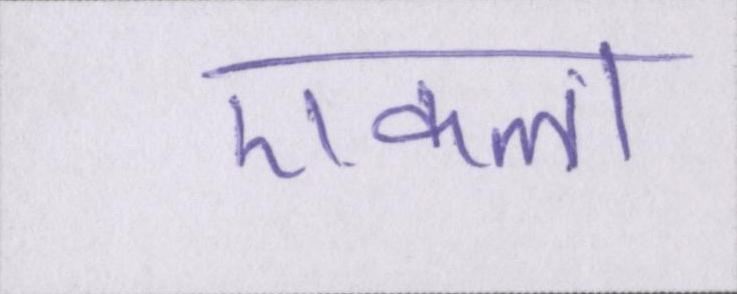
एकला